Annual report on the Civil Veterinary Department, Burma (including the Insein Veterinary School) - 1932-1941
Year: 1932
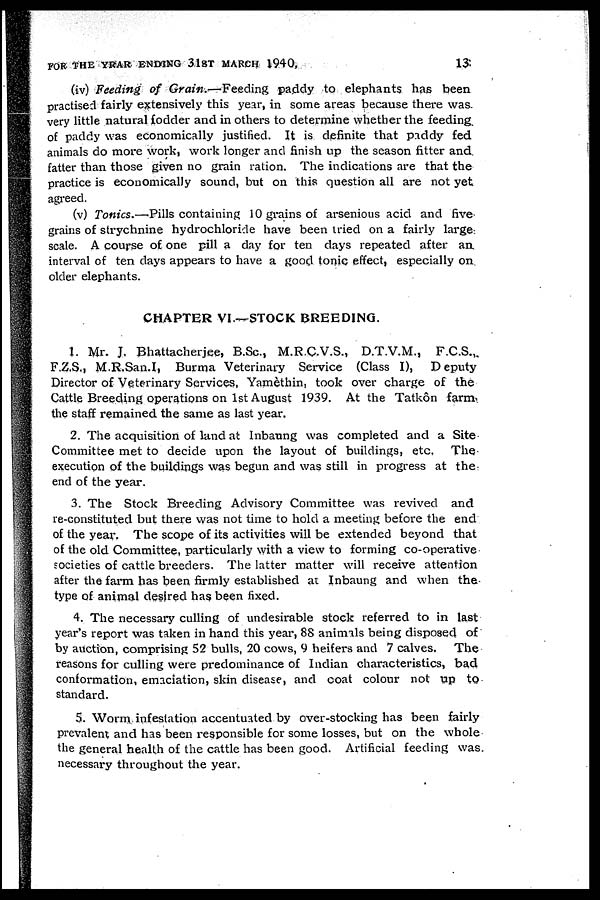
FOR THE YRAR ENDING 31ST MARCH 1940,
13
(iv) Feeding of Grain.—Feeding paddy to elephants has been
practised fairly extensively this year, in some areas because there was
very little natural fodder and in others to determine whether the feeding
of paddy was economically justified. It is definite that paddy fed
animals do more work, work longer and finish up the season fitter and
fatter than those given no grain ration. The indications are that the
practice is economically sound, but on this question all are not yet
agreed.
(v) Tonics.—Pills containing 10 grains of arsenious acid and five
grains of strychnine hydrochloride have been tried on a fairly large
scale. A course of one pill a day for ten days repeated after an
interval of ten days appears to have a good tonic effect, especially on
older elephants.
CHAPTER VI.—STOCK BREEDING.
1. Mr. J. Bhattacherjee, B.Sc., M.R.C.V.S., D.T.V.M., F.C.S.,
F.Z.S., M.R.San.I, Burma Veterinary Service (Class I), Deputy
Director of Veterinary Services, Yamèthin, took over charge of the
Cattle Breeding operations on 1st August 1939. At the Tatkôn farm.
the staff remained the same as last year.
2. The acquisition of land at Inbaung was completed and a Site
Committee met to decide upon the layout of buildings, etc. The
execution of the buildings was begun and was still in progress at the
end of the year.
3. The Stock Breeding Advisory Committee was revived and
re-constituted but there was not time to hold a meeting before the end
of the year. The scope of its activities will be extended beyond that
of the old Committee, particularly with a view to forming co-operative
societies of cattle breeders. The latter matter will receive attention
after the farm has been firmly established at Inbaung and when the
type of animal desired has been fixed.
4. The necessary culling of undesirable stock referred to in last
year's report was taken in hand this year, 88 animals being disposed of
by auction, comprising 52 bulls, 20 cows, 9 heifers and 7 calves. The
reasons for culling were predominance of Indian characteristics, bad
conformation, emaciation, skin disease, and coat colour not up to
standard.
5. Worm infestation accentuated by over-stocking has been fairly
prevalent and has been responsible for some losses, but on the whole
the general health of the cattle has been good. Artificial feeding was
necessary throughout the year.